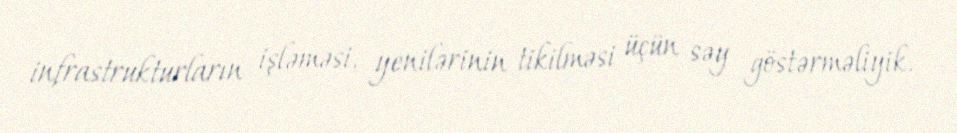
infrastrukturların işləməsi, yenilərinin tikilməsi üçün səy göstərməliyik.